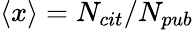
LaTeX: \left\langle{x}\right\rangle=N_{cit}/N_{pub}